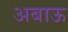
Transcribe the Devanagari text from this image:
अबाऊ